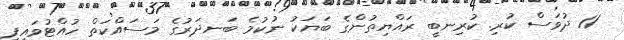
11 ދުވަސް ކުރި. ކުރިނބީ ރައްޔިތުންގެ ބަޔަކު ނުކުމެ ބަނދަރުގެ މަސައްކަތް ހުއްޓުވައިފި